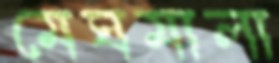
মেঘমালা